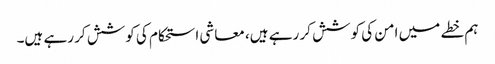
ہم خطے میں امن کی کوشش کر رہے ہیں، معاشی استحکام کی کوشش کر رہے ہیں۔